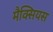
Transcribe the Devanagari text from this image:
मैक्सियस